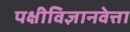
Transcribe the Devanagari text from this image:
पक्षीविज्ञानवेत्ता